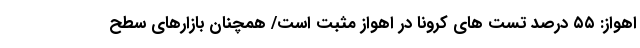
اهواز: ۵۵ درصد تست های کرونا در اهواز مثبت است/ همچنان بازارهای سطح